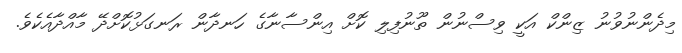
މިދެންނުވުނު ޒިންކް އަކީ ވިސްނުން ތޫނުފިލި ކޮށް އިންސާނާގެ ހަނދާން ރަނގަޅުކޮށްދޭ މާއްދާއެކެވެ.